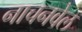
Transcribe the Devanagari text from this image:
नाचनवेल